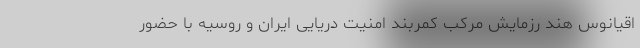
اقیانوس هند رزمایش مرکب کمربند امنیت دریایی ایران و روسیه با حضور